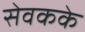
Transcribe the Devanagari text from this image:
सेवकके